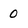
Character: 0